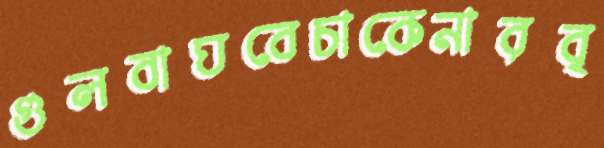
গুলবাঘবেচাকেনারবৃ